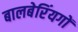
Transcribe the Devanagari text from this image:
बालबेरिंयगों